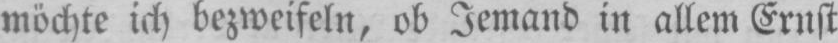
möchte ich bezweifeln, ob Jemand in allem Ernst